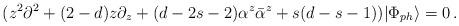
LaTeX: \begin{align*}(z^2\partial^2+(2-d)z\partial_z+(d-2s-2)\alpha^z\bar{\alpha}^z+s(d-s-1))|\Phi_{ph}\rangle=0\,.\end{align*}